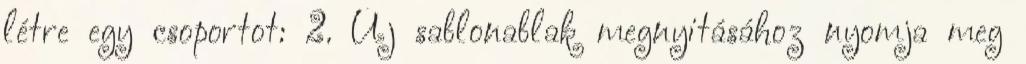
létre egy csoportot: 2. Új sablonablak megnyitásához nyomja meg